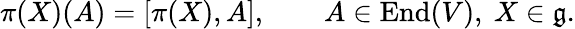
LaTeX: \pi(X)(A)=[\pi(X),A],\qquad A\in\operatorname{End}(V),\ X\in{\mathfrak{g}}.